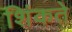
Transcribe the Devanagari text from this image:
शिंकते